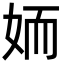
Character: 䎟